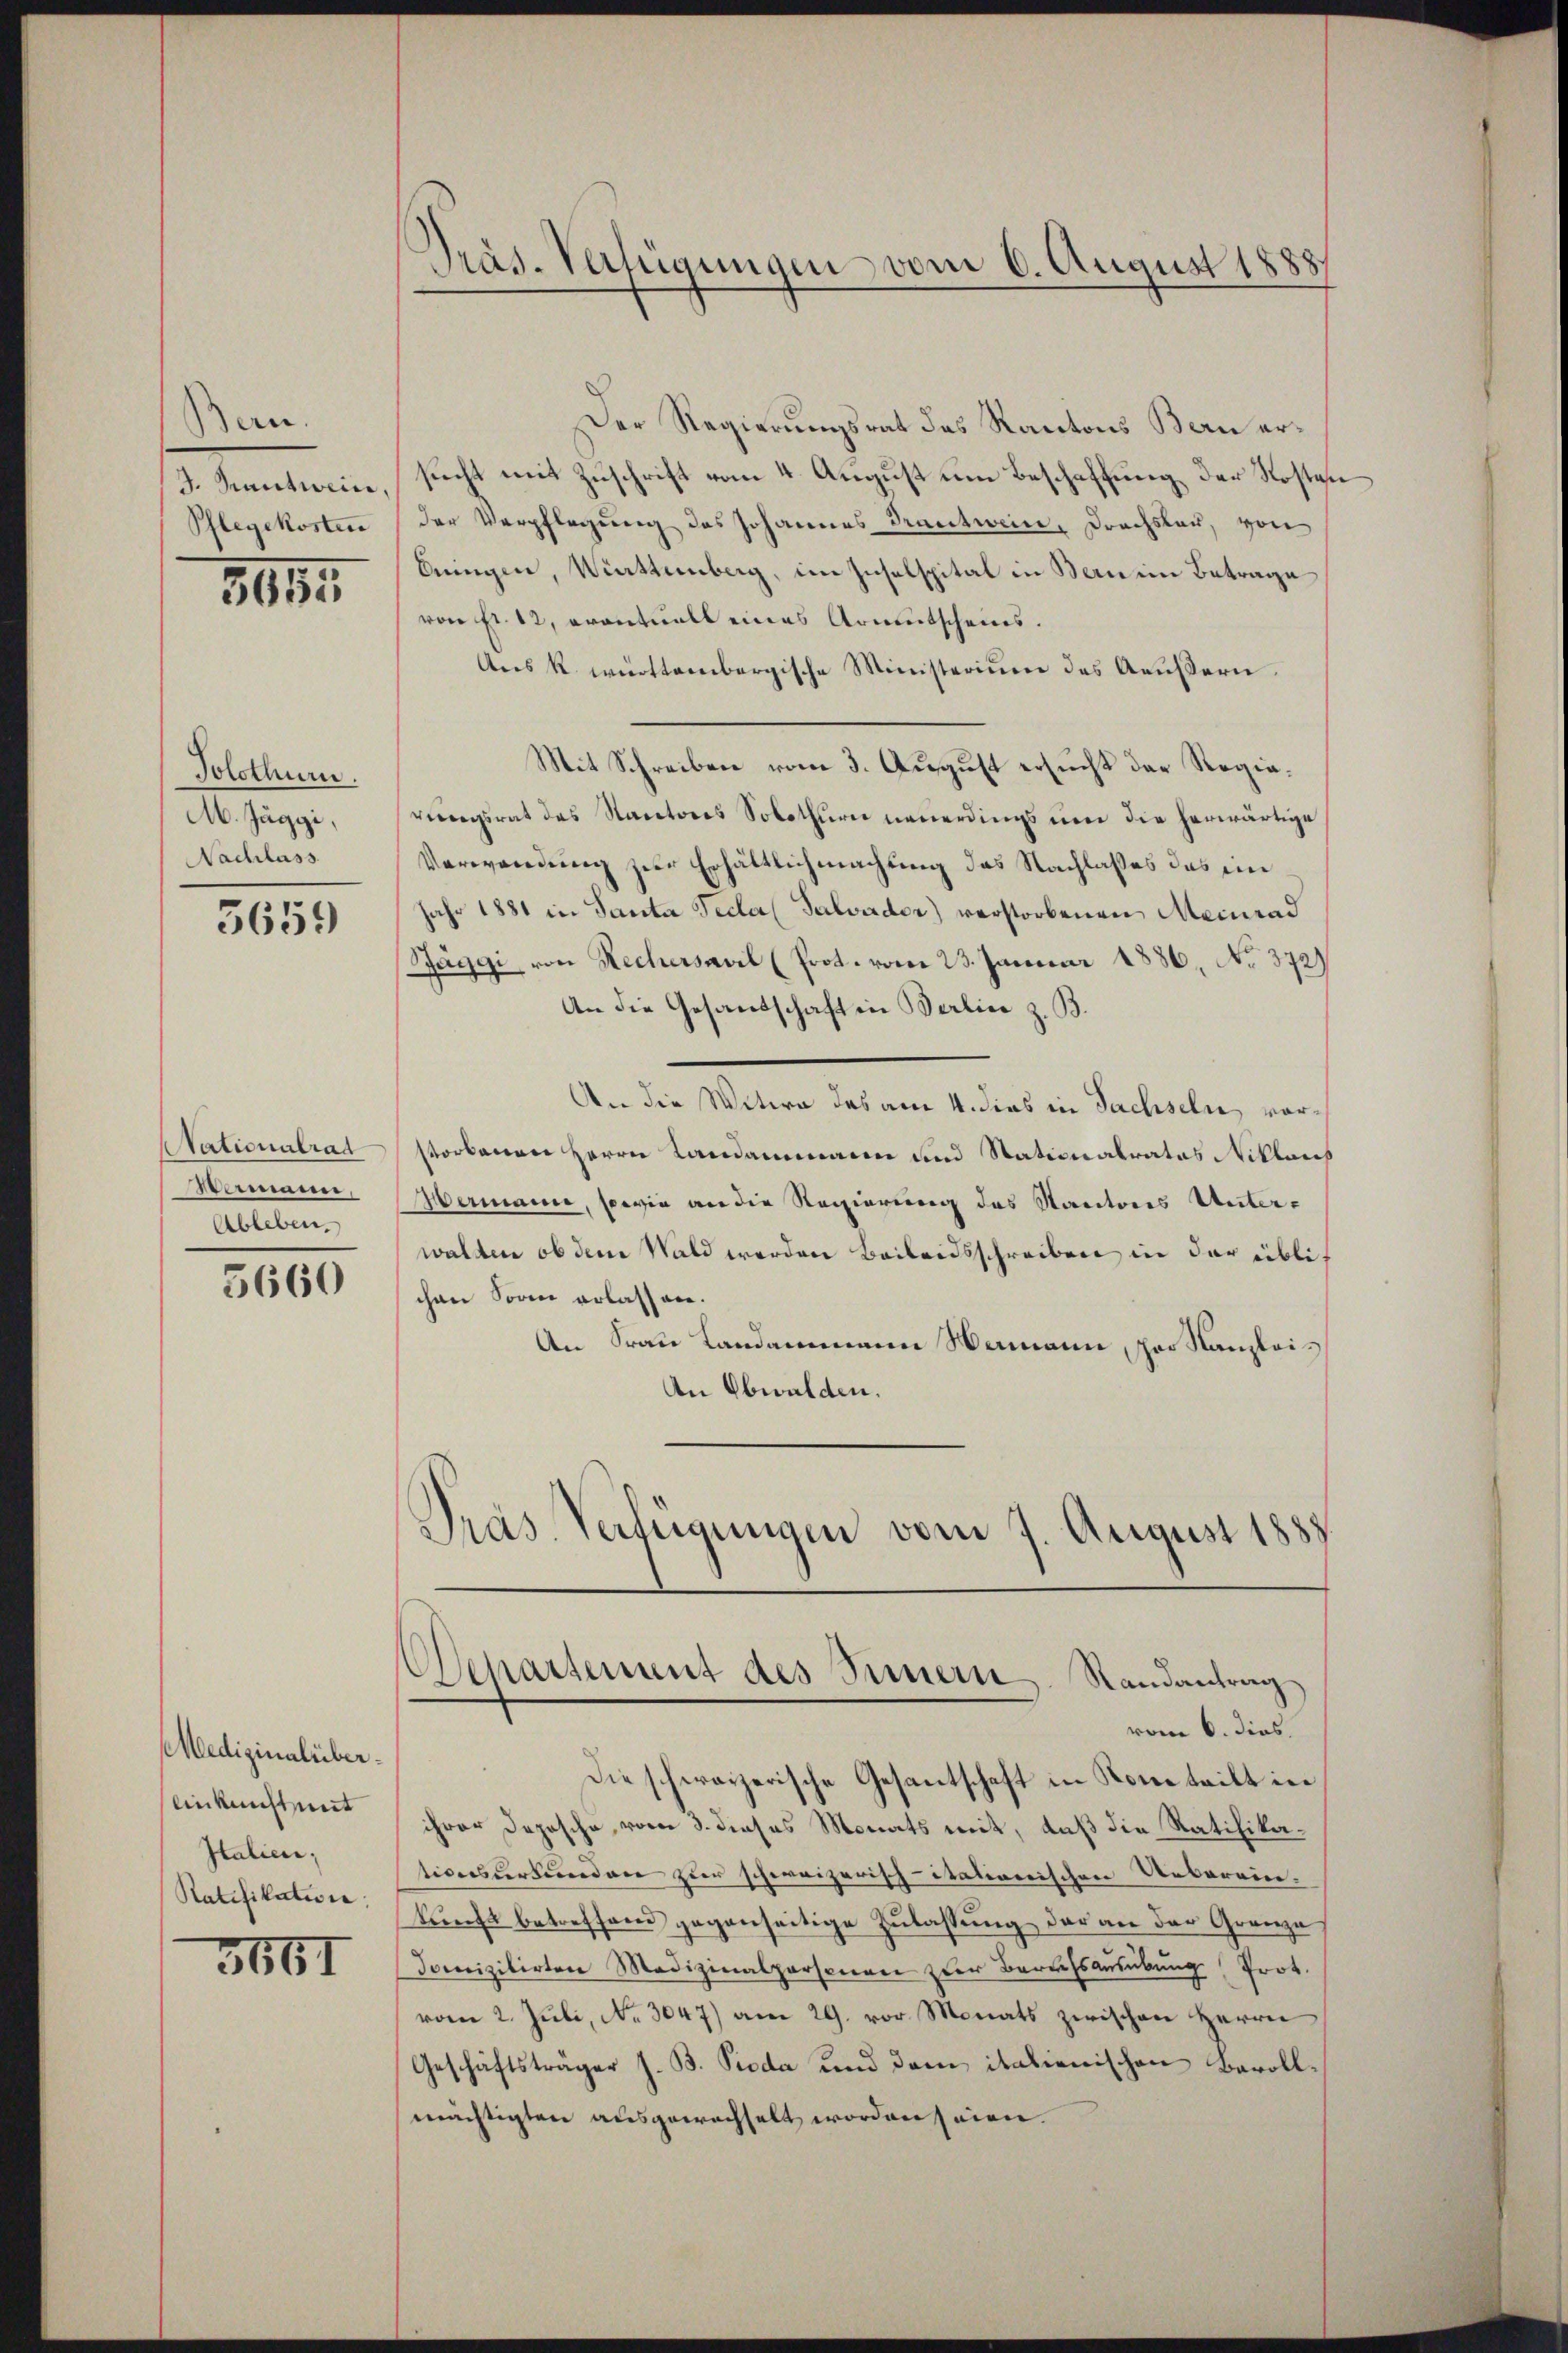
Ban.
G. Sanitweine,
Schlegekosten

5655

Polothur.
M. Jäggi,
Nachlass

5659

Nationalrat
Wermaner
Ableben.

5660

Medizinalüber.
linkunft mit
Italien;
Ratifikation:

3661

Präs. Verfügungen vom 6. August 1888

Der Regierungsrat des Kantons Bern ersucht mit Zuschrift vom 4. August um Beschaffung der Kosten
der Verpflegung des Johannes Trautwein, Dachslau, von
bringen, Württemberg, im Inselspital in Bern im Betrage
von Fr. 12, eventuell eines Armutscheins¬
Ans k. württembergische Ministerium des Aeußern.
Mit Schreiben vom 3. August ersucht der Regierŭngsrat des Kantones Solothurn neuerdings um die herwärtige
Verwendung zur Erhältlichmachung des Nachlasses das eine
Jahr 1881 in Santa Feder (Salvader) verstorbenen Meinrad
Zäggi, von Rechersavil (Prot. vom 23. Januar 1886 No. 372)
An die Gesandschaft in Berlin z. B.
An die Witwe des am 4. dies in Sachseln, vorstorbenen Herrn Landammann und Stationalrates Niklaich
Aermanne, sowie an die Regierung des Staatores Unterwalden ob dem Wald werden Beileidsschreiben in der üblic
chen Sonne erlassen.
An Frau Landammann Namann, per Kanzlei¬
An Obwalden.
Pras Verfügungen vom 7. August 188

Departement des Simmern. Randantrag
vom 6. dies
Die schweizerische Gesantschaft in Kometeilt in

ihrer Depesche, vom 3. dieses Monats mit, daß die Ratifikationsurkunden zur schweizerisch-itationischen Ueberein.
kŭnft betreffend gegenseitige Zulassŭng der an der Grenze
domizilirten Medizinalpersonen der BarrEsaŭsübŭng Prot.
vom 2. Jŭli, No. 3047) am 29. vor. Monats zwischen Herrn
Geschäftsträger z. B. Pioda und dem italienischen Barollmächtigten ausgewachselt worden seien.